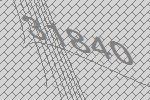
31840